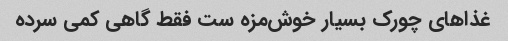
غذاهای چورک بسیار خوش‌مزه ‌ست فقط گاهی کمی سرده